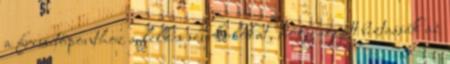
a frissítőponthoz a lelkes szurkolókat, hogy együtt biztassák az